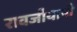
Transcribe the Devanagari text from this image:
रावजीयानी